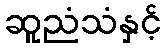
ဆူညံသံနှင့်